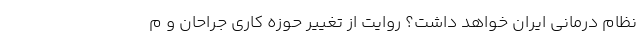
نظام درمانی ایران خواهد داشت؟ روایت از تغییر حوزه کاری جراحان و م